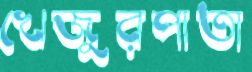
খেজুরপাতা